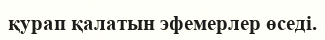
қурап қалатын эфемерлер өседі.